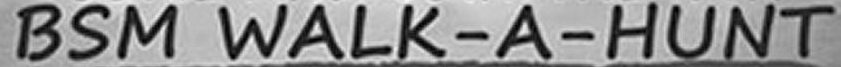
BSM WALK-A-HUNT